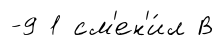
-9 1 см'ен'и́л В